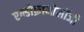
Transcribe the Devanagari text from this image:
एन्डोक्रानोलॉजी